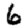
Digit: 6